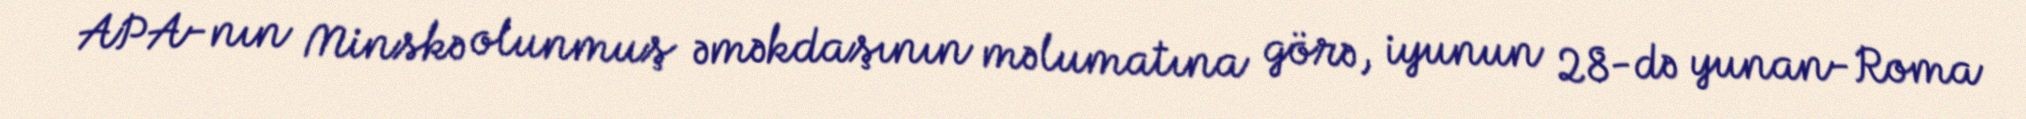
APA-nın Minskə olunmuş əməkdaşının məlumatına görə, iyunun 28-də yunan-Roma